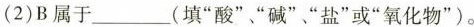
(2)B属于___(填”酸”、”碱”、”盐”或”氧化物”)。